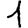
Digit: 1